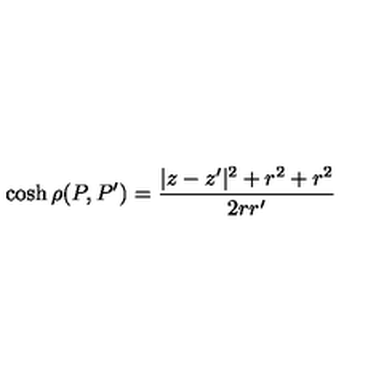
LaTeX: \cosh \rho ( P , P ^ { \prime } ) = \frac { | z - z ^ { \prime } | ^ { 2 } + r ^ { 2 } + r ^ { 2 } } { 2 r r ^ { \prime } }